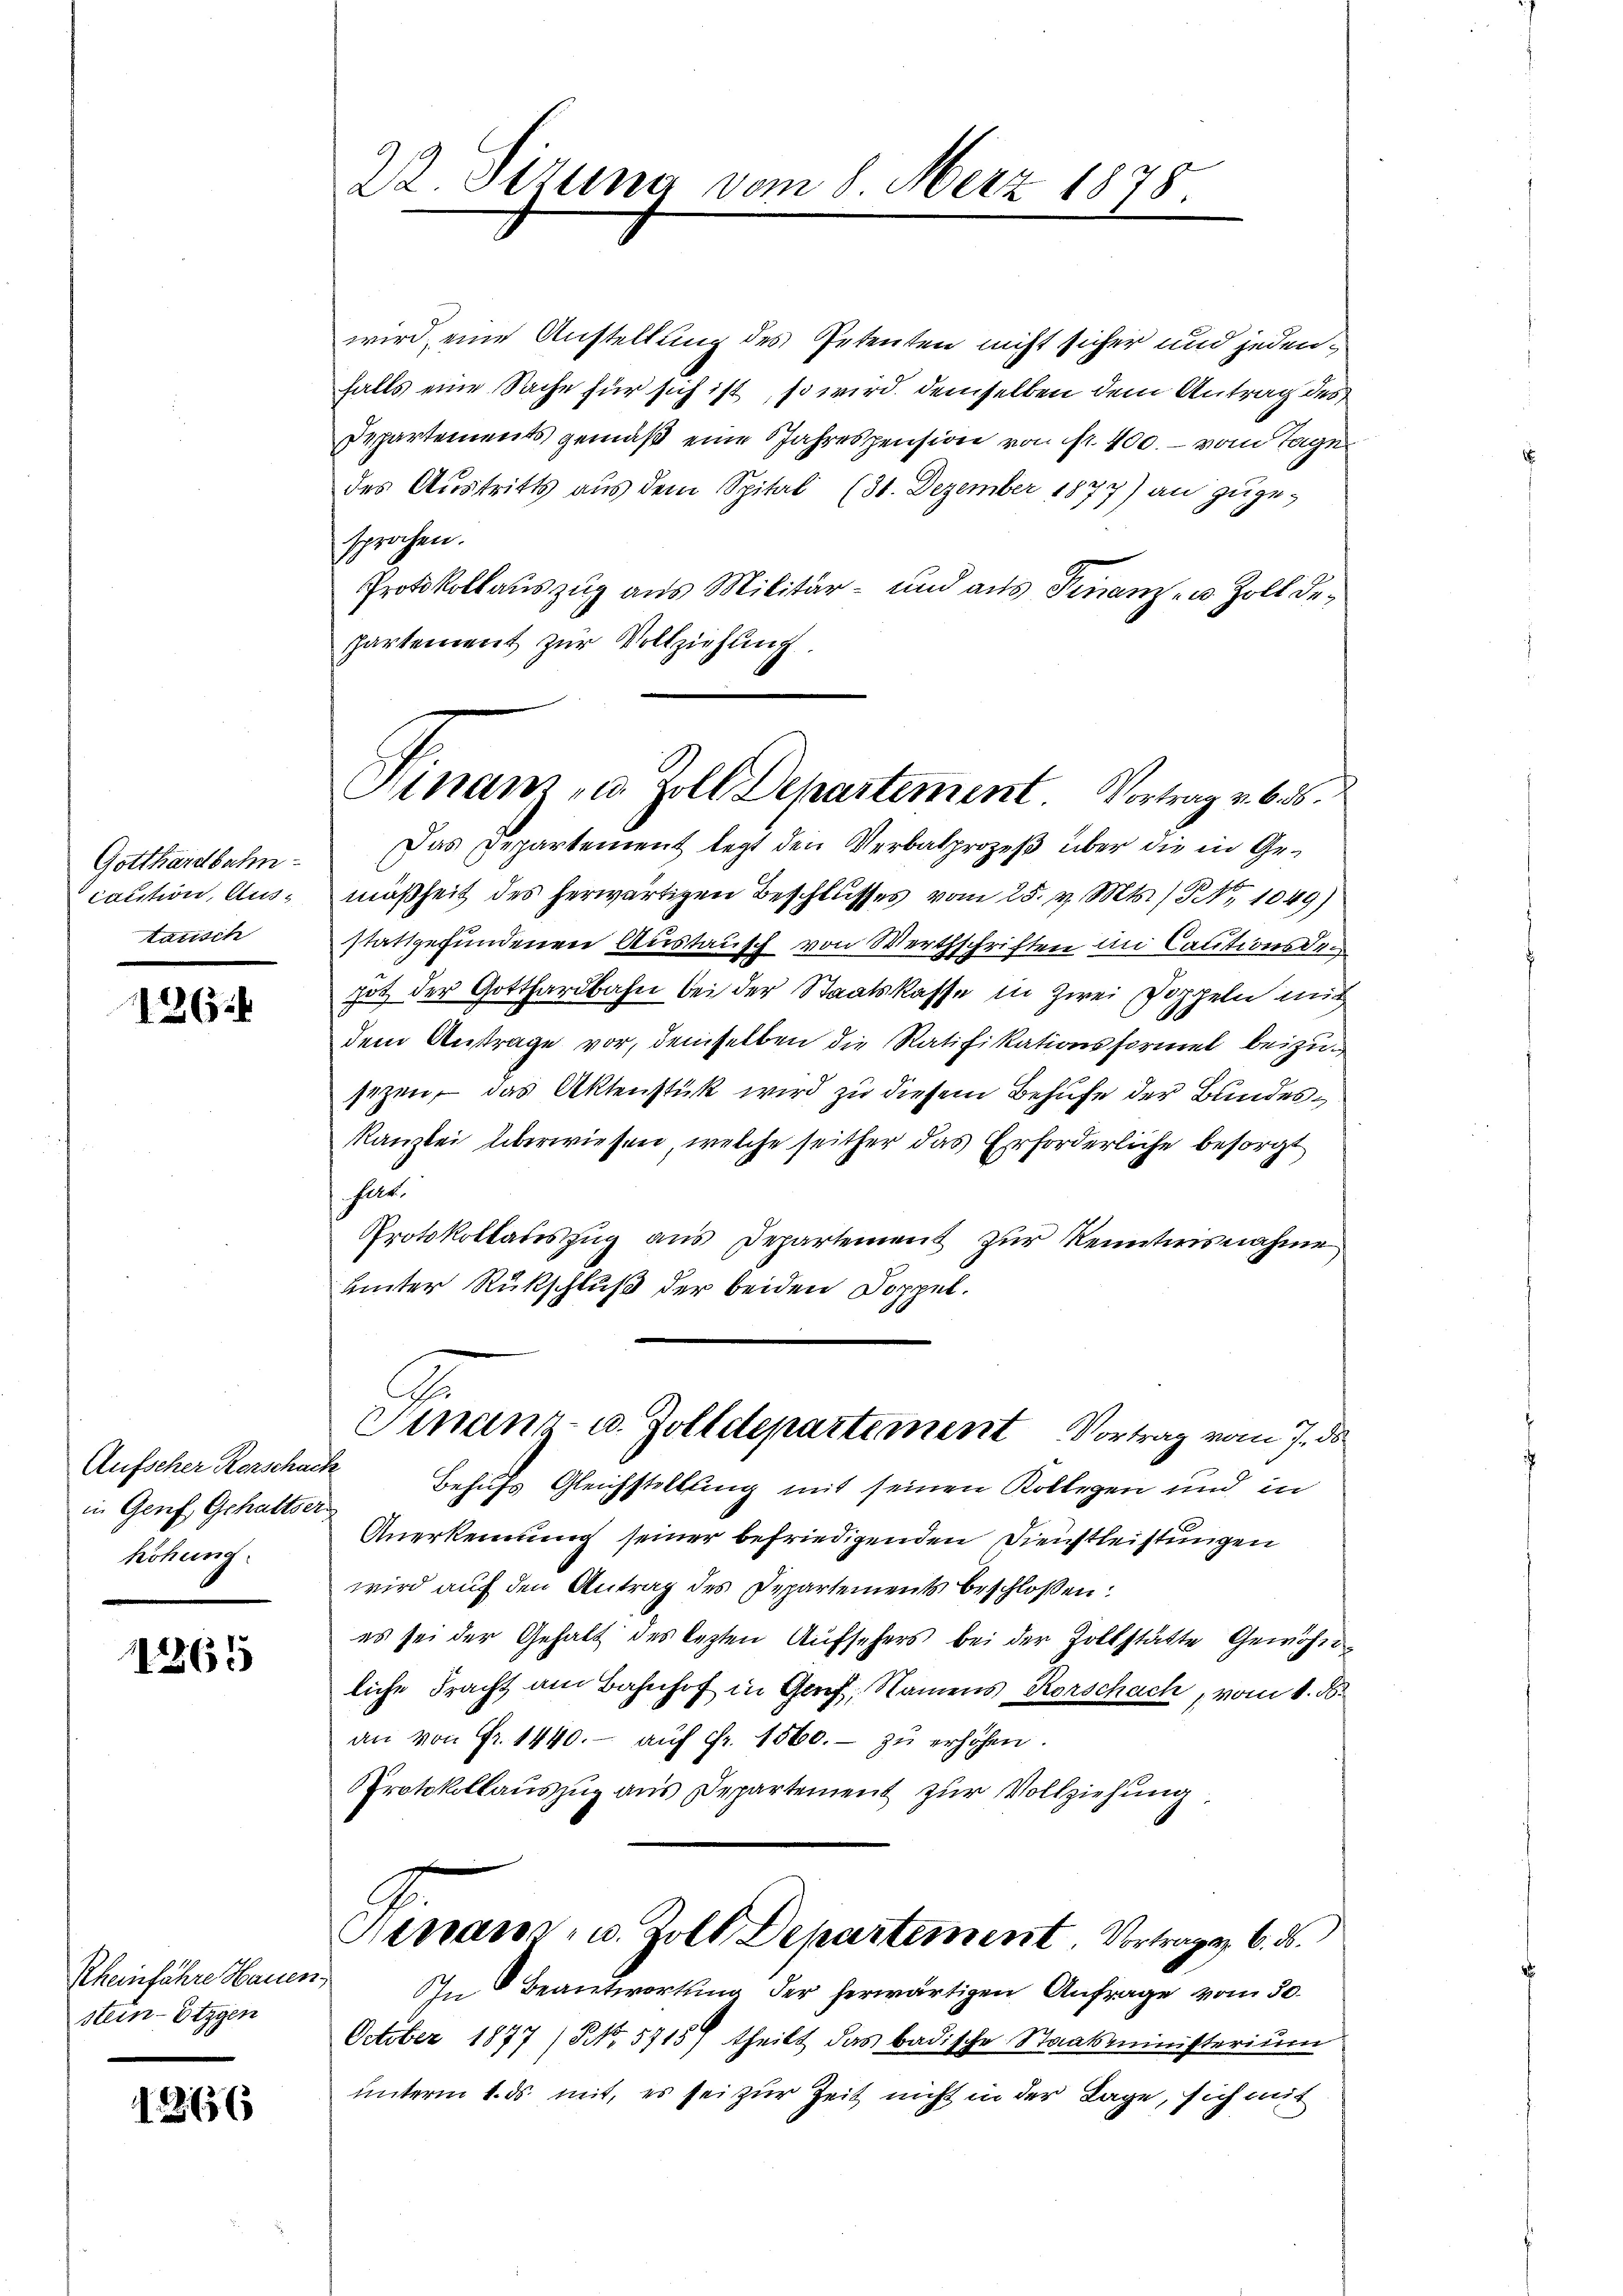
Gotthardbahn-
caction, Austatisch

126

Aufscher Kerschach
in Genf, Gehaltser
höhung

11265

Rheinfahre Hauen.
stein-Etzgen

1266

22. Stuna vom 8. Merz 1878

Sinam, u. Zoll Departement Vortrag v. 6. d.

wird, eine Anstellung des Petenten nicht sicher und jedenfalls eine Sache für sich ist, so wird demselben dem Antrag des
Departements gemäß eine Jahrespension von fr. 400. - vom Tage
des Austritts aus dem Spital (31. Dezember 1877) an zugesprochen.
Protokollauszug aus Militär- und aus Finanz- u. Zoll departement zur Vollziehung
Das Departement legt den Verbalprozeß über die in Gemäßheit des herwärtigen Beschlusses vom 25. v. Mts. / NNo. 1049)
stattgefundenen Austausch von Werthschriften in Cautionsde
hot der Gotthardbahn bei der Staatskasse in Zwei Doppeln mich
dem Antrage vor, demselben die Ratifikationsformel beizusizen, das Aktenstück wird zu diesem Behufe der Bundeskanzlei überwiesen, welche seither das Erforderliche besorgt
hlt.
Protokollauszug aus Departement zur Kenntnisnahme
unter Rückschluß der beiden Doppel.
G.
Sinanz- u. Zolldepartement Vortrag vom 7. ds
Behufs Gleichstellung mit seinen Kollegen und in
Anerkennung seiner befriedigenden Dienstleistungen
wird auf den Antrag des Departements beschloßen:
es sei der Gehalt des lezten Aŭfsehers bei der Zollstätte Gewöhn-
liche Fracht am Bahnhof in Gaf, Namens Rorschach, vom 1. d.
an von Fr. 1440.- aŭf Fr. 1560.- zŭ erhöhen.
Protokollaŭszŭg ans Departement zŭr Vollziehung.
Ginanz- u. Zoll Departement Vortrags 6. d.
In Beantwortung der herwärtigen Anfrage vom 30.
October 1877 (NNo. 5715) theilt das badische Staatsministerium
unterm 1. ds. mit, es sei zur Zeit nicht in der Lage, sich mit